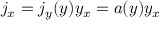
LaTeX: j _ { x } = j _ { y } ( y ) y _ { x } = a ( y ) y _ { x }